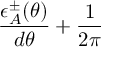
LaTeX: \frac { \epsilon _ { A } ^ { \pm } ( \theta ) } { d \theta } + \frac { 1 } { 2 \pi }